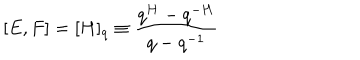
[ E , F ] = [ H ] _ { q } \equiv \frac { q ^ { H } - q ^ { - H } } { q - q ^ { - 1 } }